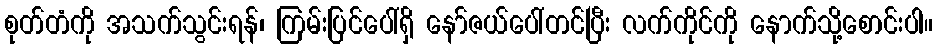
စုတ်တံကို အသက်သွင်းရန်၊ ကြမ်းပြင်ပေါ်ရှိ နော်ဇယ်ပေါ်တင်ပြီး လက်ကိုင်ကို နောက်သို့စောင်းပါ။